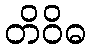
တိဝိဓ